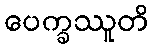
ပေက္ခဿူတိ